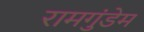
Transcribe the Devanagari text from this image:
रामगुंडेम